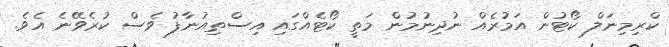
ކްރިމިނަލް ކޯޓުން އަމުރެއް ނުދިނުމުން މަތީ ކޯޓެއްގައި އިސްތިއުނާފު ވެސް ކުރެވޭނެ އެވެ.